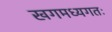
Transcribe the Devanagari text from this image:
खगमध्यगतः